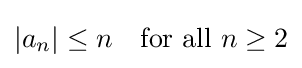
|a_{n}|\leq n\quad {\text{for all }}n\geq 2